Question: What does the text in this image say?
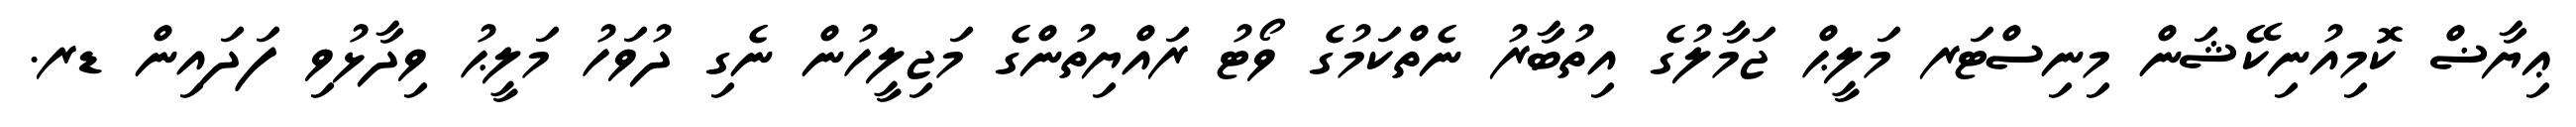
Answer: ޢިޔާޟް ކޮމިއުނިކޭޝަން މިނިސްޓަރ މަލީޙް ޖަމާލުގެ އިތުބާރު ނެތްކަމުގެ ވޯޓު ރައްޔިތުންގެ މަޖިލީހުން ނެގި ދުވަހު މަލީޙު ވިދާޅުވި ފަދައިން ޑރ.